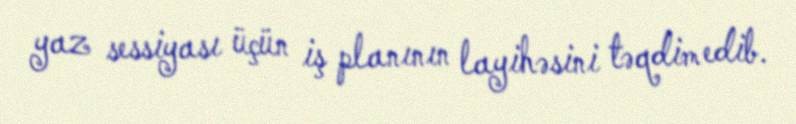
yaz sessiyası üçün iş planının layihəsini təqdim edib.